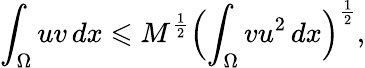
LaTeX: \int_{\Omega}{uv\, dx}\leqslant M^{\frac{1}{2}}\Bigl(\int_{\Omega}{vu^{2}\, dx}\Bigr)^{\frac{1}{2}},